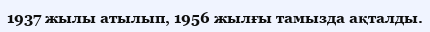
1937 жылы атылып, 1956 жылғы тамызда ақталды.